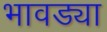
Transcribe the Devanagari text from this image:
भावड्या